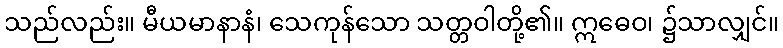
သည်လည်း။ မီယမာနာနံ၊ သေကုန်သော သတ္တဝါတို့၏။ ဣဓေဝ၊ ၌သာလျှင်။